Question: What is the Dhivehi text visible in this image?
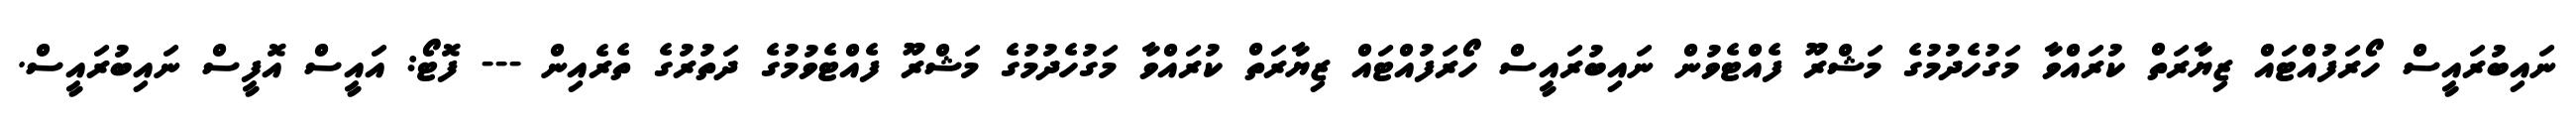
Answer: ނައިބުރައީސް ހޯރަފުއްޓައް ޒިޔާރަތް ކުރައްވާ މަގުހެދުމުގެ މަޝްރޫ ފެއްޓެވުން ނައިބުރައީސް ހޯރަފުއްޓައް ޒިޔާރަތް ކުރައްވާ މަގުހެދުމުގެ މަޝްރޫ ފެއްޓެވުމުގެ ދަތުރުގެ ތެރެއިން --- ފޮޓޯ: އައީސް އޮފީސް ނައިބުރައީސް.